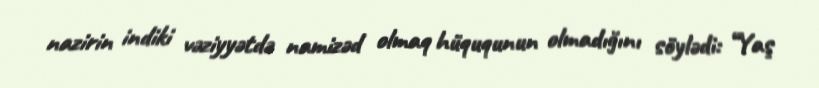
nazirin indiki vəziyyətdə namizəd olmaq hüququnun olmadığını söylədi: “Yaş